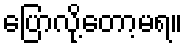
ပြောလို့တော့မရ။